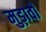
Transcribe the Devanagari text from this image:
मुड़ावों